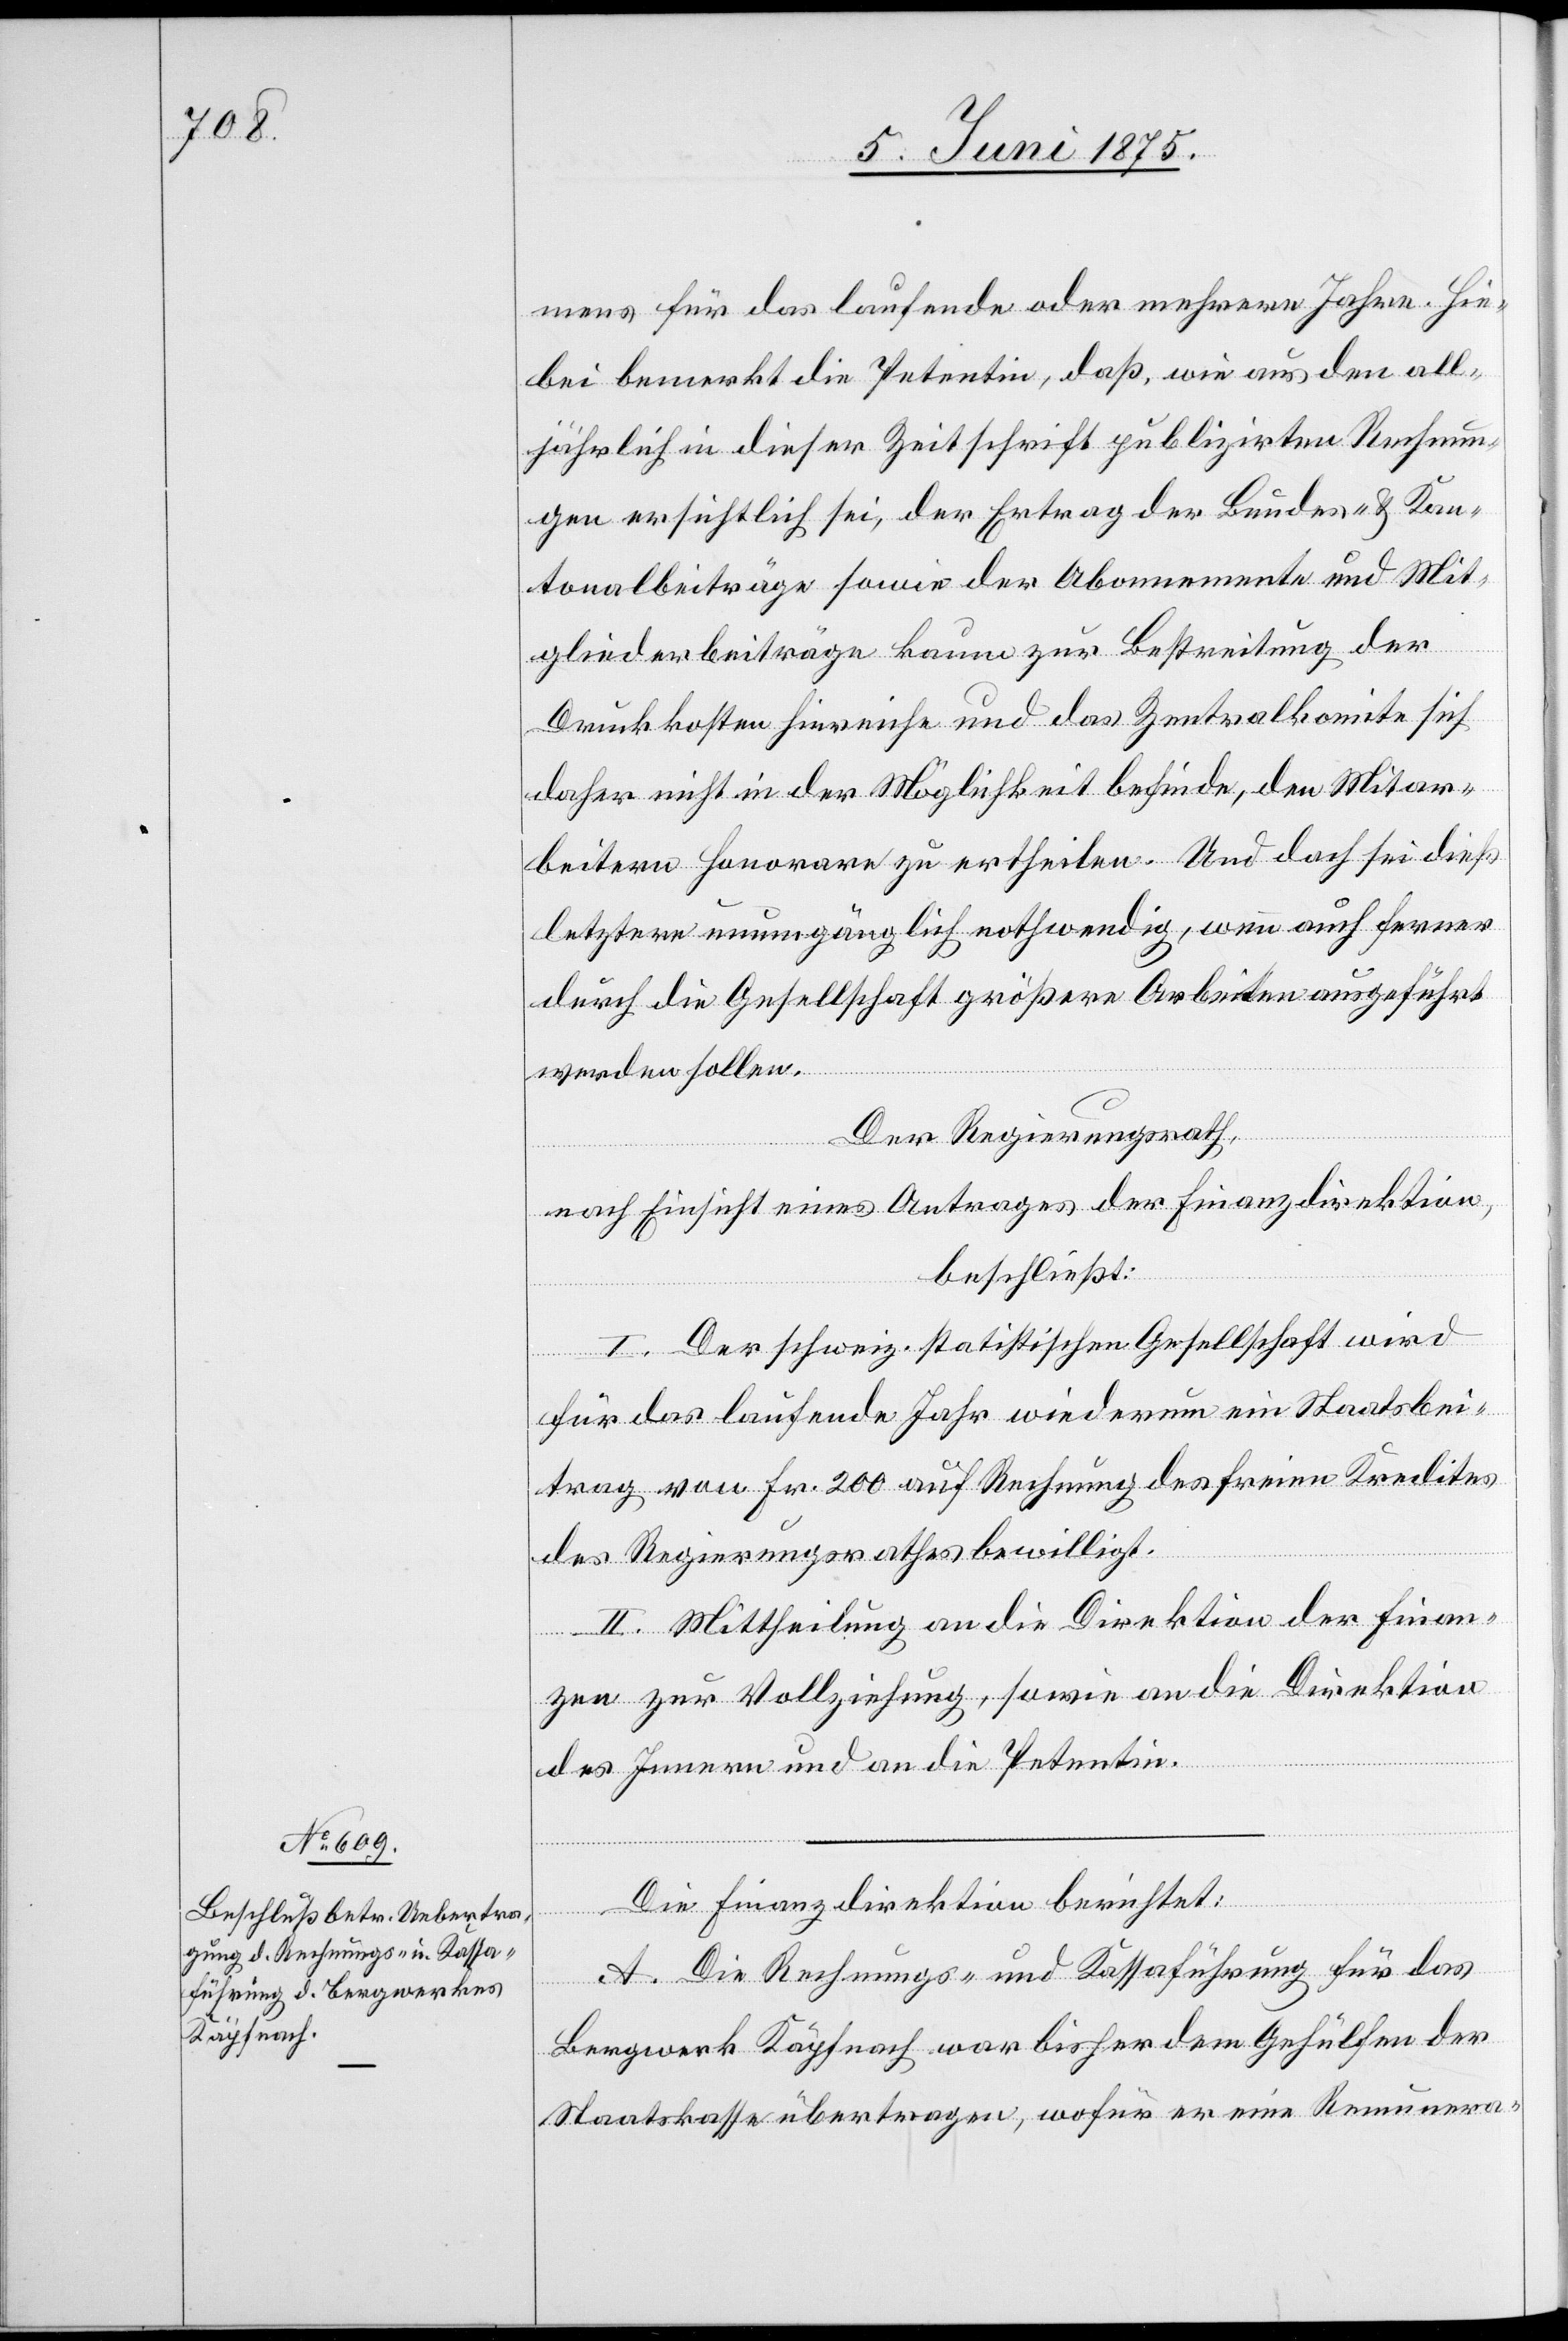
mens für das laufende oder mehrere Jahre. Hie¬
bei bemerkt die Petentin, daß wie aus den all¬
jährlich in dieser Zeitschrift publizirte Rechnun¬
gen ersichtlich sei, der Ertrag der Bundes- & Kan¬
tonalbeiträge sowie der Abonnemente und Mit¬
gliederbeiträge kaum zur Bestreitung der
Druckkoten hinreiche und das Zentralkomite sich
daher nicht in der Möglichkeit befinde, den Mitar¬
beitern Honorare zu ertheilen. Und doch sie dieß
letztere unumgänglich nothwendig, wenn auch ferner
durch die Gesellschaft größere Arbeiten ausgeführt
werden sollen.
Der Regierungsrath,
nach Einsicht eines Antrages der Finanzdirektion,
beschließt:
I. Der schweiz. statistischen Gesellschaft wird
für das laufende Jahr wiederum ein Staatsbei¬
trag von Fr. 200 auf Rechnung des freien Kredites
des Regierungsrathes bewilligt.
II. Mittheilung an die Direktion der Finan¬
zen zur Vollziehung, sowie an die Direktion
des Innern und an die Petentin.
Die Finanzdirektion berichtet:
A. Die Rechnungs- und Kassaführung für das
Bergwerk Käpfnach war bisher dem Gehülfen der
Staatskasse übertragen, wofür er eine Remunera-